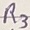
Text: R3